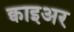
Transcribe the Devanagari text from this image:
क्वाइअर